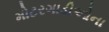
મોટરગાડીઓના